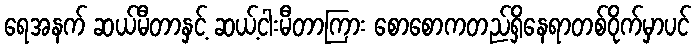
ရေအနက် ဆယ်မီတာနှင့် ဆယ့်ငါးမီတာကြား စောစောကတည်ရှိနေရာတစ်ဝိုက်မှာပင်